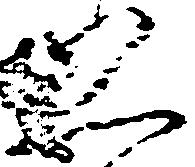
恐